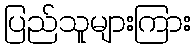
ပြည်သူများကြား